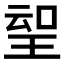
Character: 𱯀